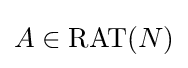
A\in \mathrm {RAT} (N)